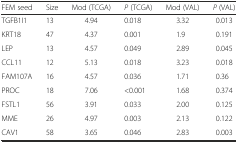
| FEM seed | Size | Mod (TCGA) | P (TCGA) | Mod (VAL) | P (VAL) |
 | --- | --- | --- | --- | --- | --- |
 | TGFB1I1 | 13 | 4.94 | 0.018 | 3.32 | 0.013 |
 | KRT18 | 47 | 4.37 | 0.001 | 1.9 | 0.191 |
 | LEP | 13 | 4.57 | 0.049 | 2.89 | 0.045 |
 | CCL11 | 12 | 5.13 | 0.018 | 3.23 | 0.018 |
 | FAM107A | 16 | 4.57 | 0.036 | 1.71 | 0.36 |
 | PROC | 18 | 7.06 | <0.001 | 1.68 | 0.374 |
 | FSTL1 | 56 | 3.91 | 0.033 | 2.00 | 0.125 |
 | MME | 26 | 4.97 | 0.003 | 2.13 | 0.122 |
 | CAV1 | 58 | 3.65 | 0.046 | 2.83 | 0.003 |